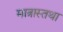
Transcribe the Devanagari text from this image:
मात्रास्तथा